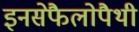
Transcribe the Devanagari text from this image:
इनसेफैलोपैथी